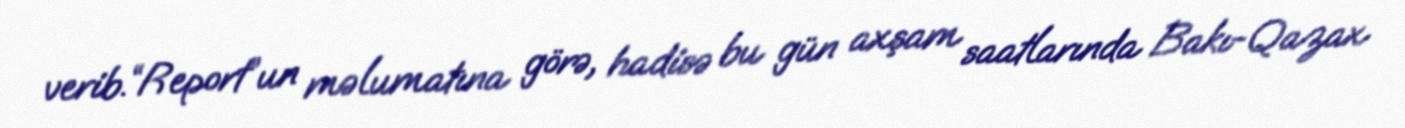
verib.“Report”un məlumatına görə, hadisə bu gün axşam saatlarında Bakı-Qazax